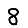
Digit: 8